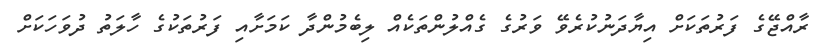
ރާއްޖޭގެ ފަރުތަކަށް އިޔާދަނުކުރެވޭ ވަރުގެ ގެއްލުންތަކެއް ލިބެމުންދާ ކަމަށާއި ފަރުތަކުގެ ހާލަތު ދުވަހަކަށް